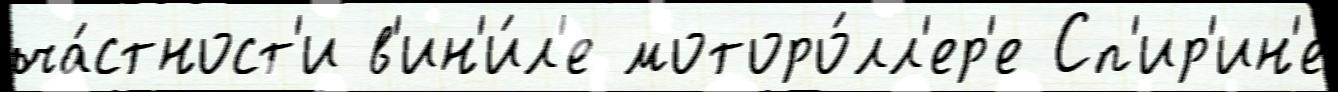
ча́стност'и в'ин'и́л'е моторо́лл'ер'е Сп'ир'ин'е